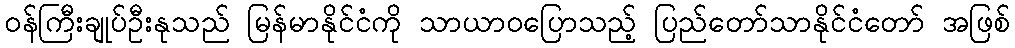
ဝန်ကြီးချုပ်ဦးနုသည် မြန်မာနိုင်ငံကို သာယာဝပြောသည့် ပြည်တော်သာနိုင်ငံတော် အဖြစ်